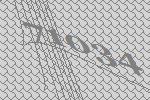
71034